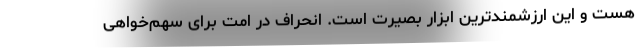
هست و این ارزشمندترین ابزار بصیرت است. انحراف در امت برای سهم‌خواهی